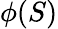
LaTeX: \phi(S)